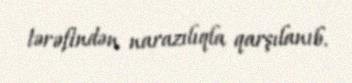
tərəfindən narazılıqla qarşılanıb.